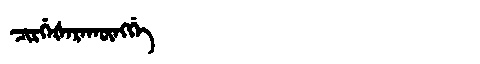
Manchu: ᠴᡳᡵᡤᡝᡧᡝᡵᠠᡴᡡᠩᡤᡝ
Romanization: CIRGEŠERAKŪNGGE